Civil Veterinary Dept. Assam report 1911-1927 - 1911-1927
Year: 1911
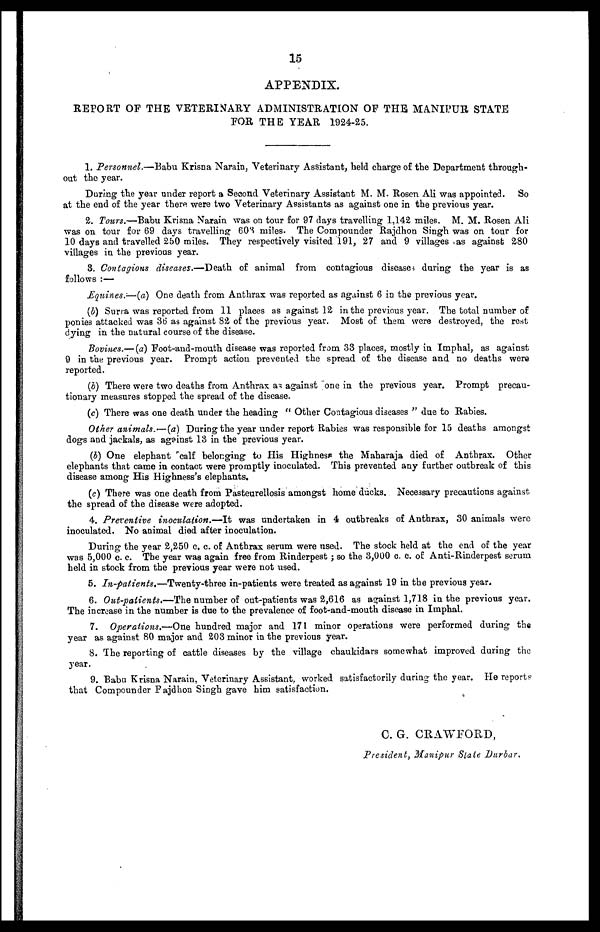
15
APPENDIX.
REPORT OF THE VETERINARY ADMINISTRATION OF THE MANIPUR STATE
FOR THE YEAR 1924-25.
1. Personnel.—Babu Krisna Narain, Veterinary Assistant, held charge of the Department through-
out the year.
During the year under report a Second Veterinary Assistant M. M. Rosen Ali was appointed. So
at the end of the year there were two Veterinary Assistants as against one in the previous year.
2. Tours.—Babu Krisna Narain was on tour for 97 days travelling 1,142 miles. M. M. Rosen Ali
was on tour for 69 days travelling 60S miles. The Compounder Rajdhon Singh was on tour for
10 days and travelled 250 miles. They respectively visited 191, 27 and 9 villages as against 280
villages in the previous year.
8. Contagions diseases.—Death of animal from contagious disease, during the year is as
follows :—
Equines.—(a) One death from Anthrax was reported as against 6 in the previous year.
(b) Surra was reported from 11 places as against 12 in the previous year. The total number of
ponies attacked was 36 as against 82 of the previous year. Most of them were destroyed, the rest
dying in the natural course of the disease.
Bovines.— (a) Foot-and-mouth disease was reported from 33 places, mostly in Imphal, as against
9 in the previous year. Prompt action prevented the spread of the disease and no deaths were
reported.
(b) There were two deaths from Anthrax as against one in the previous year. Prompt precau-
tionary measures stopped the spread of the disease.
(c) There was one death under the heading " Other Contagious diseases " due to Rabies.
Other animals.—(a) During the year under report Rabies was responsible for 15 deaths amongst
dogs and jackals, as against 13 in the previous year.
(b) One elephant calf belonging to His Highness the Maharaja died of Anthrax. Other
elephants that came in contact were promptly inoculated. This prevented any further outbreak of this
disease among His Highness's elephants.
(c) There was one death from Pasteurellosis amongst home ducks. Necessary precautions against
the spread of the disease were adopted.
4. Preventive inoculation.-—It was undertaken in 4 outbreaks of Anthrax, 30 animals were
inoculated. No animal died after inoculation.
During the year 2,250 c. c. of Anthrax serum were used. The stock held at the end of the year
was 5,000 c. c. The year was again free from Rinderpest ; so the 3,000 c. c. of Anti-Rinderpest serum
held in stock from the previous year were not used.
5. In-patients.—Twenty-three in-patients were treated as against 19 in the previous year.
6. Out-patients.—The number of out-patients was 2,616 as against 1,718 in the previous year.
The increase in the number is due to the prevalence of foot-and-mouth disease in Imphal.
7. Operations.—One hundred major and 171 minor operations were performed during the
year as against 80 major and 203 minor in the previous year.
8. The reporting of cattle diseases by the village chaukidars somewhat improved during the
year.
9. Babu Krisna Narain, Veterinary Assistant, worked satisfactorily during the year. He reports
that Compounder Pajdhon Singh gave him satisfaction.
C. G. CRAWFORD,
President, Manipur State Durbar,